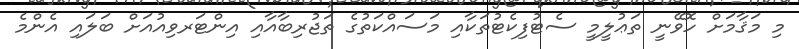
މި މަޤާމަށް ހޮވޭނީ ތަޢުލީމީ ސެޓުފިކެޓުތަކާއި މަސައްކަތުގެ ތަޖުރިބާއާއި އިންޓަރވިއުއަށް ބަލައިި އެންމެ